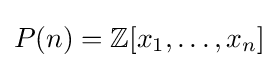
P(n)=\mathbb {Z} [x_{1},\ldots ,x_{n}]